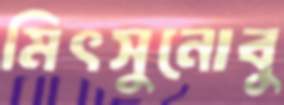
মিৎসুনোবু